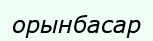
орынбасар